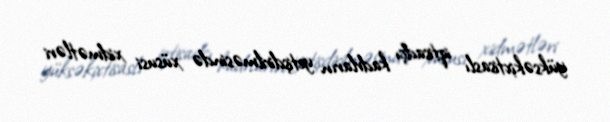
yüksəkixtisaslı iqtisadçı kadrların yetişdirilməsində xüsusi xidmətləri